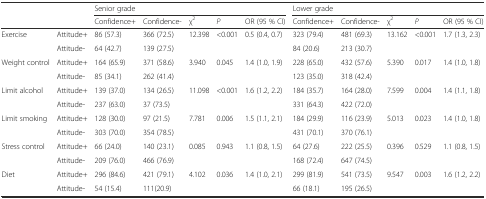
<table><thead><tr><td></td><td></td><td colspan="5"><b>Senior grade</b></td><td colspan="5"><b>Lower grade</b></td></tr><tr><td></td><td></td><td><b>Confidence+</b></td><td><b>Confidence-</b></td><td><b>χ<sup>2</sup></b></td><td><b><i>P</i></b></td><td><b>OR (95 % CI)</b></td><td><b>Confidence+</b></td><td><b>Confidence-</b></td><td><b>χ<sup>2</sup></b></td><td><b><i>P</i></b></td><td><b>OR (95 % CI)</b></td></tr></thead><tbody><tr><td>Exercise</td><td>Attitude+</td><td>86 (57.3)</td><td>366 (72.5)</td><td>12.398</td><td>&lt;0.001</td><td>0.5 (0.4, 0.7)</td><td>323 (79.4)</td><td>481 (69.3)</td><td>13.162</td><td>&lt;0.001</td><td>1.7 (1.3, 2.3)</td></tr><tr><td></td><td>Attitude-</td><td>64 (42.7)</td><td>139 (27.5)</td><td></td><td></td><td></td><td>84 (20.6)</td><td>213 (30.7)</td><td></td><td></td><td></td></tr><tr><td>Weight control</td><td>Attitude+</td><td>164 (65.9)</td><td>371 (58.6)</td><td>3.940</td><td>0.045</td><td>1.4 (1.0, 1.9)</td><td>228 (65.0)</td><td>432 (57.6)</td><td>5.390</td><td>0.017</td><td>1.4 (1.0, 1.8)</td></tr><tr><td></td><td>Attitude-</td><td>85 (34.1)</td><td>262 (41.4)</td><td></td><td></td><td></td><td>123 (35.0)</td><td>318 (42.4)</td><td></td><td></td><td></td></tr><tr><td>Limit alcohol</td><td>Attitude+</td><td>139 (37.0)</td><td>134 (26.5)</td><td>11.098</td><td>&lt;0.001</td><td>1.6 (1.2, 2.2)</td><td>184 (35.7)</td><td>164 (28.0)</td><td>7.599</td><td>0.004</td><td>1.4 (1.1, 1.8)</td></tr><tr><td></td><td>Attitude-</td><td>237 (63.0)</td><td>37 (73.5)</td><td></td><td></td><td></td><td>331 (64.3)</td><td>422 (72.0)</td><td></td><td></td><td></td></tr><tr><td>Limit smoking</td><td>Attitude+</td><td>128 (30.0)</td><td>97 (21.5)</td><td>7.781</td><td>0.006</td><td>1.5 (1.1, 2.1)</td><td>184 (29.9)</td><td>116 (23.9)</td><td>5.013</td><td>0.023</td><td>1.4 (1.0, 1.8)</td></tr><tr><td></td><td>Attitude-</td><td>303 (70.0)</td><td>354 (78.5)</td><td></td><td></td><td></td><td>431 (70.1)</td><td>370 (76.1)</td><td></td><td></td><td></td></tr><tr><td>Stress control</td><td>Attitude+</td><td>66 (24.0)</td><td>140 (23.1)</td><td>0.085</td><td>0.943</td><td>1.1 (0.8, 1.5)</td><td>64 (27.6)</td><td>222 (25.5)</td><td>0.396</td><td>0.529</td><td>1.1 (0.8, 1.5)</td></tr><tr><td></td><td>Attitude-</td><td>209 (76.0)</td><td>466 (76.9)</td><td></td><td></td><td></td><td>168 (72.4)</td><td>647 (74.5)</td><td></td><td></td><td></td></tr><tr><td>Diet</td><td>Attitude+</td><td>296 (84.6)</td><td>421 (79.1)</td><td>4.102</td><td>0.036</td><td>1.4 (1.0, 2.1)</td><td>299 (81.9)</td><td>541 (73.5)</td><td>9.547</td><td>0.003</td><td>1.6 (1.2, 2.2)</td></tr><tr><td></td><td>Attitude-</td><td>54 (15.4)</td><td>111(20.9)</td><td></td><td></td><td></td><td>66 (18.1)</td><td>195 (26.5)</td><td></td><td></td><td></td></tr></tbody></table>